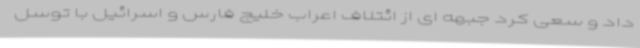
داد و سعی کرد جبهه ای از ائتلاف اعراب خلیج فارس و اسرائیل با توسل